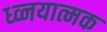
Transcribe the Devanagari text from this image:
ध्व्नयात्मक